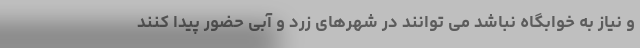
و نیاز به خوابگاه نباشد می توانند در شهرهای زرد و آبی حضور پیدا کنند